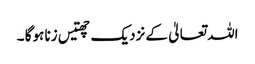
اللہ تعالیٰ کے نزدیک چھتیس زنا ہوگا ۔